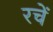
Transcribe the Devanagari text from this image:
रचें